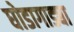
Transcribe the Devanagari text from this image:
घोडागाड्या